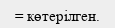
= көтерілген.